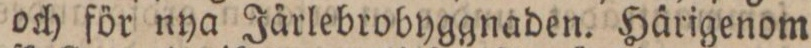
och för nya Järlebrobyggnaden. Härigenom